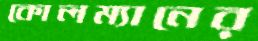
কোলম্যানের